Note on the mental hospitals in Burma - 1925-1940
Year: 1925
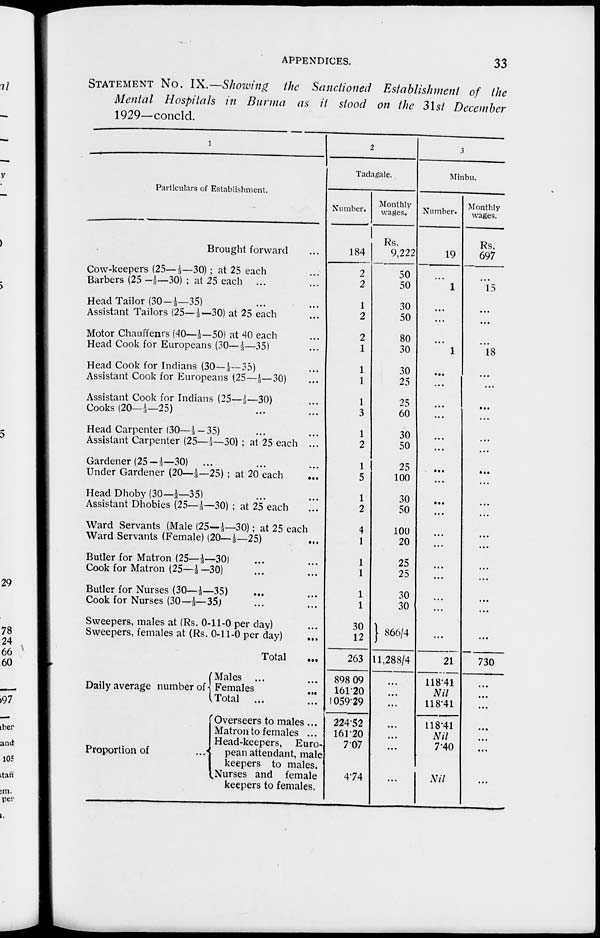
APPENDICES.
33
STATEMENT No. IX.—Showing the Sanctioned Establishment of the
Mental Hospitals in Burma as it stood on the 31st December
1929—concld.
1
Particulars of Establishment.
Brought forward ...
Cow-keepers (25—1/3—30) ; at 25 each ...
Barbers (25 —1/3—30) ; at 25 each ... ...
Head Tailor (30—1/3—35) ...
Assistant Tailors (25—1/3—30) at 25 each ...
Motor Chauffenrs (40—1/3—50) at 40 each...
Head Cook for Europeans (30—1/3—35) ...
Head Cook for Indians (30—1/3—35) ...
Assistant Cook for Europeans (25—1/3—30) ...
Assistant Cook for Indians (25—1/3—30) ...
Cooks (20—1/3—25) ...
Head Carpenter (30—1/3—35)
Assistant Carpenter (25—1/3—30) ; at 25 each ...
Gardener (25—1/3—30) ... ...
Under Gardener (20—1/3—25) ; at 20 each ...
Head Dhoby (30—1/3—35) ... ...
Assistant Dhobies (25—1/3—30) ; at 25 each ...
Ward Servants (Male (25—1/3—30); at 25 each
Ward Servants (Female) (20—1/3—25) ...
Butter for Matron (25—1/3—30) ... ...
Cook for Matron (25—1/3 —30) ... ...
Butler for Nurses (30—1/3—35) ... ...
Cook for Nurses (30—1/3—35)
...
...
Sweepers, males at (Rs. 0-11-0 per day) ...
Sweepers, females at (Rs. 0-11-0 per day) ...
Total ...
Daily average number of
Proportion of ...
Males ... ...
Females ... ...
Total ...
Overseers to males...
Matron to females ...
Head-keepers, Euro-
pean attendant, male
keepers to males.
Nurses and female
keepers to females.
2
Tadagale.
Number.
184
2
2
1
2
2
1
1
1
1
3
1
2
1
5
1
2
4
1
1
1
1
1
30
12
263
898.09
161.20
1059.29
224.52
161.20
707
4.74
Monthly
wages.
Rs.
9,222
50
50
30
50
80
30
30
25
25
60
30
50
25
100
30
50
100
20
25
25
30
30
866/4
11,288/4
...
...
...
...
...
...
...
3
Minbu.
Number.
19
...
1
...
...
...
1
...
...
...
...
...
...
...
...
...
...
...
...
...
...
...
...
...
...
21
118.41
Nil
118.41
118.41
Nil
7.40
Nil
Monthly
wages.
Rs.
697
...
15
...
...
...
18
...
...
...
...
...
...
...
...
...
...
...
...
...
...
...
...
...
...
730
...
...
...
...
...
...
...